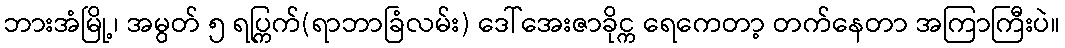
ဘားအံမြို့၊ အမွတ် ၅ ရပ္ကြက်(ရာဘာခြံလမ်း) ဒေါ်အေးဇာခိုင္က ရေကေတာ့ တက်နေတာ အကြာကြီးပဲ။